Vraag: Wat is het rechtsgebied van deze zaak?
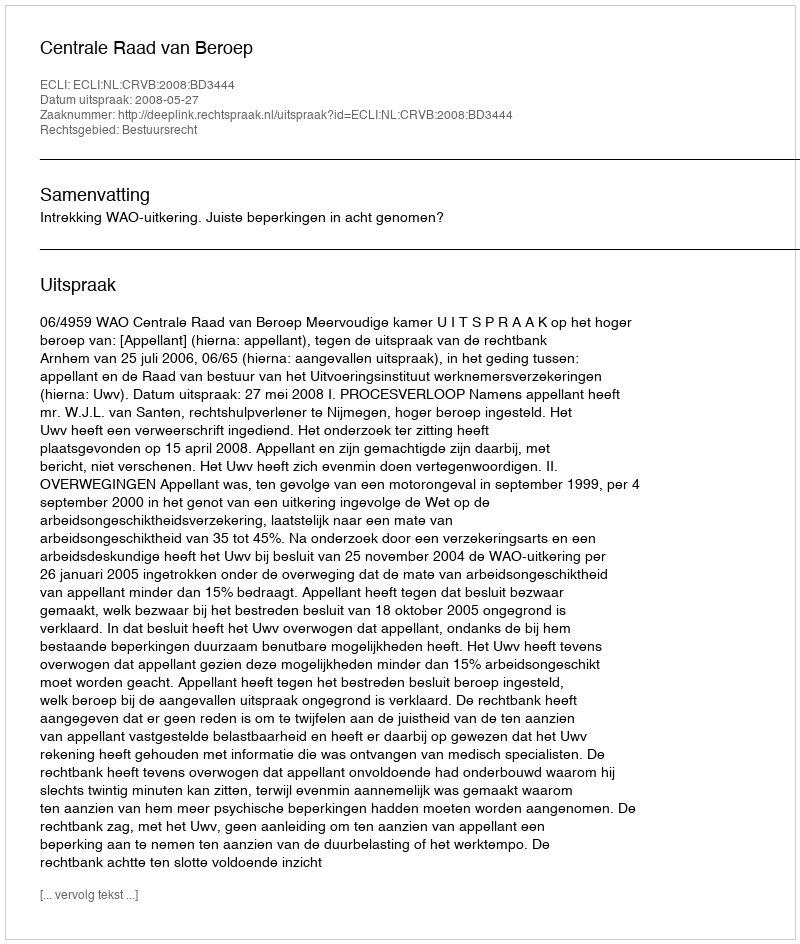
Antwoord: Bestuursrecht